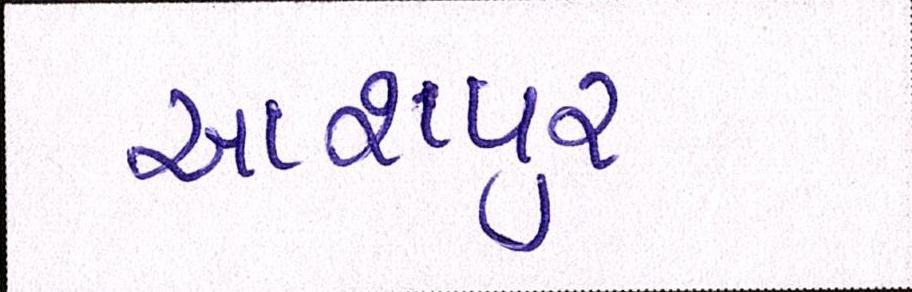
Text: આશપુર